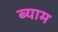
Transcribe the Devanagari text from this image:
ब्याम